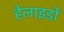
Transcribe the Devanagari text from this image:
हेलाइडों